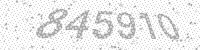
Solution: 845910